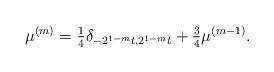
LaTeX: \begin{align*}\mu^{(m)} = \tfrac{1}{4} \delta_{-2^{1-m}t,2^{1-m}t}+\tfrac{3}{4} \mu^{(m-1)}.\end{align*}